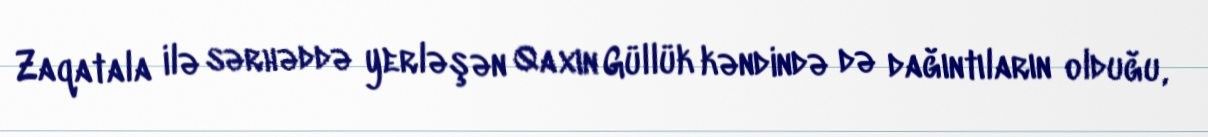
Zaqatala ilə sərhəddə yerləşən Qaxın Güllük kəndində də dağıntıların olduğu,